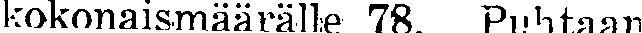
kokonaismäärälle 78. Puhtaan